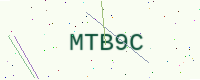
Text: MTB9C